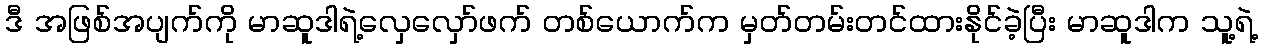
ဒီ အဖြစ်အပျက်ကို မာဆူဒါရဲ့လှေလှော်ဖက် တစ်ယောက်က မှတ်တမ်းတင်ထားနိုင်ခဲ့ပြီး မာဆူဒါက သူ့ရဲ့